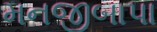
મનજીબાપા